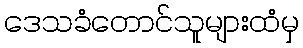
ဒေသခံတောင်သူများထံမှ